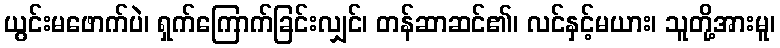
ယွင်းမဖောက်ပဲ၊ ရှက်ကြောက်ခြင်းလျှင်၊ တန်ဆာဆင်၏၊ လင်နှင့်မယား၊ သူတို့အားမူ၊